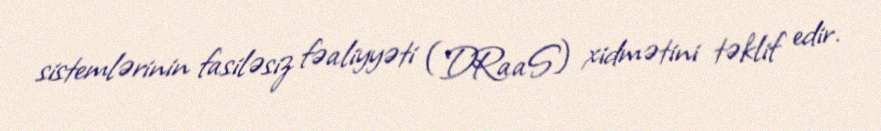
sistemlərinin fasiləsiz fəaliyyəti (DRaaS) xidmətini təklif edir.